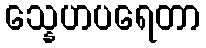
သ္နေဟပရေတာ